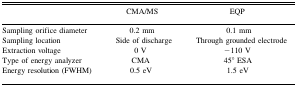
<table><thead><tr><td></td><td><b>CMA/MS</b></td><td><b>EQP</b></td></tr></thead><tbody><tr><td>Sampling orifice diameter</td><td>0.2 mm</td><td>0.1 mm</td></tr><tr><td>Sampling location</td><td>Side of discharge</td><td>Through grounded electrode</td></tr><tr><td>Extraction voltage</td><td>0 V</td><td>−110 V</td></tr><tr><td>Type of energy analyzer</td><td>CMA</td><td>45° ESA</td></tr><tr><td>Energy resolution (FWHM)</td><td>0.5 eV</td><td>1.5 eV</td></tr></tbody></table>